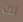
لك